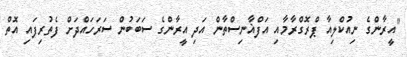
"އީރާންގެ ނިއުކްލިއާ ޕްރޮގްރާމާއި އަފްޣާނިސްތާން އަދި އީރާންގެ ސަބަބުން ސަރަހައްދަށް ފެތުރިފައި އޮތް